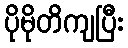
ပိုမိုတိကျပြီး